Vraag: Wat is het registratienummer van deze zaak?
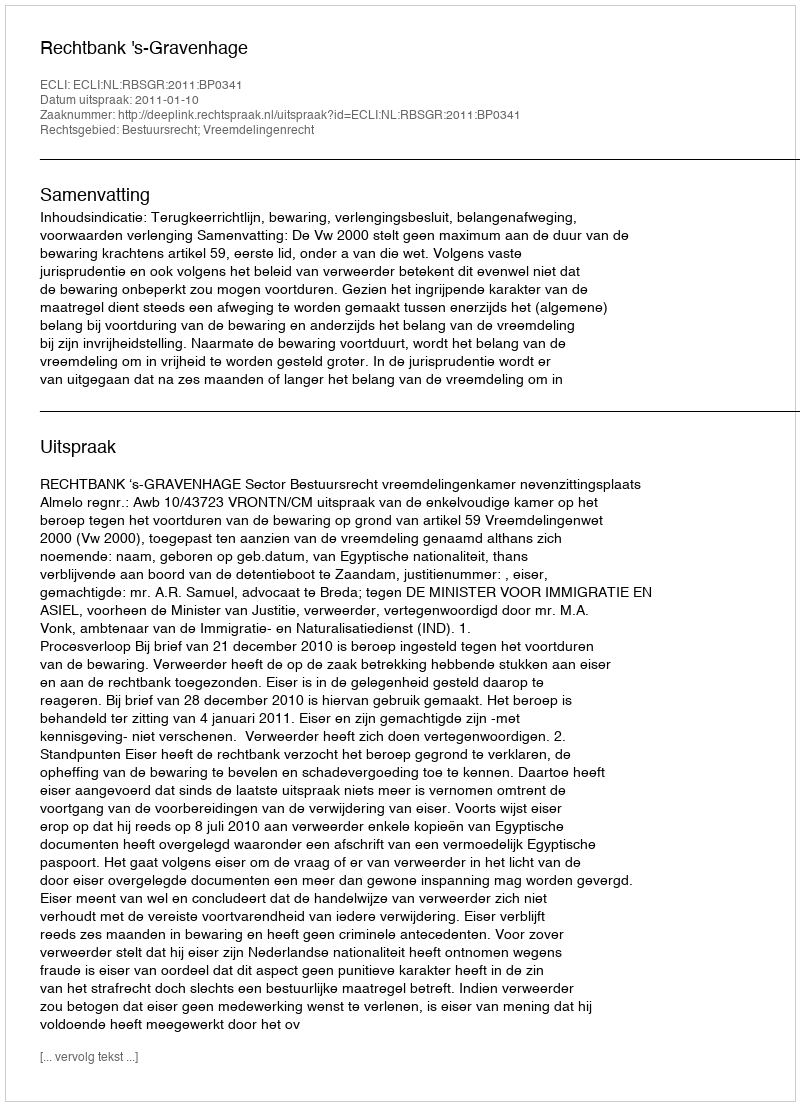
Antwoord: http://deeplink.rechtspraak.nl/uitspraak?id=ECLI:NL:RBSGR:2011:BP0341